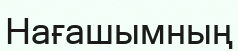
Нағашымның